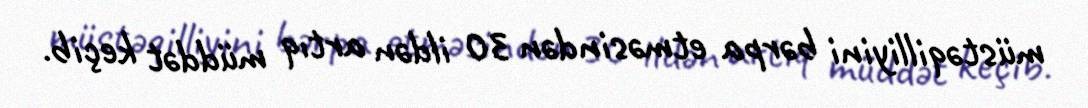
müstəqilliyini bərpa etməsindən 30 ildən artıq müddət keçib.